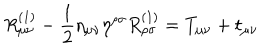
R _ { \mu \nu } ^ { ( 1 ) } - \frac { 1 } { 2 } \eta _ { \mu \nu } \eta ^ { \rho \sigma } R _ { \rho \sigma } ^ { ( 1 ) } = T _ { \mu \nu } + t _ { \mu \nu }